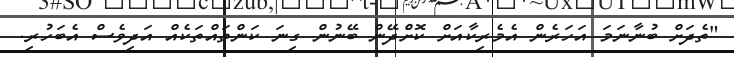
"ތެދަށް ބުނާނަމަ އަހަރެން އެމެރިކާއަށް ކޮށްެދޭން ބޭނުން ގިނަ ކަންތައްތަކެއް އަދިވެސް އެބަހުރި.